Structure of Hæmatopota pluvialis (Meigen) - Number 55
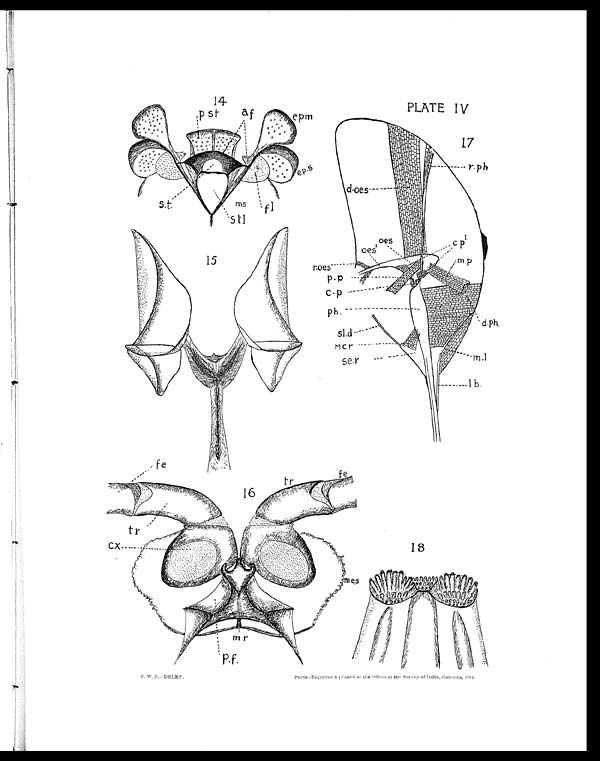
PLATE IV
F. W. C.-DELET.
P h o t o . - E n g r a v e d & p r i n t e d a t t h e O f f i c e s o f t h e S u r v e y o f I n d i a , C a l c u t t a , 1 9 1 2 ,